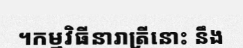
។កម្មវិធីនារាត្រីនោះ នឹង